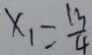
x _ { 1 } = \frac { 1 3 } { 4 }